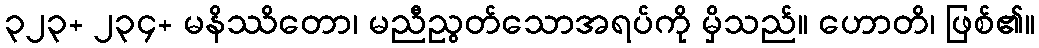
၃၂၃+ ၂၃၄+ မနိဿိတော၊ မညီညွတ်သောအရပ်ကို မှိသည်။ ဟောတိ၊ ဖြစ်၏။